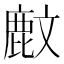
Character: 𪊙